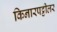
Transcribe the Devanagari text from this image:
किनारपट्टीलर